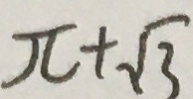
\pi + \sqrt { 3 }